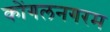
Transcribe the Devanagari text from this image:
कोंगलनगरम